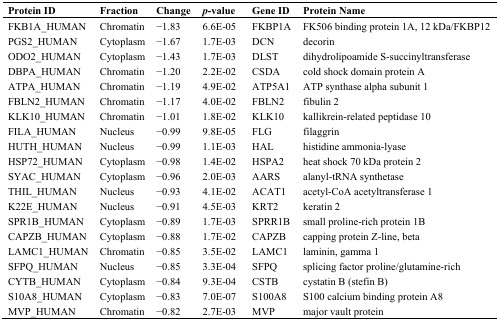
<table><thead><tr><td><b>Protein ID</b></td><td><b>Fraction</b></td><td><b>Change</b></td><td><b><i>p</i>-value</b></td><td><b>Gene ID</b></td><td><b>Protein Name</b></td></tr></thead><tbody><tr><td>FKB1A_HUMAN</td><td>Chromatin</td><td>−1.83</td><td>6.6E-05</td><td>FKBP1A</td><td>FK506 binding protein 1A, 12 kDa/FKBP12</td></tr><tr><td>PGS2_HUMAN</td><td>Cytoplasm</td><td>−1.67</td><td>1.7E-03</td><td>DCN</td><td>decorin</td></tr><tr><td>ODO2_HUMAN</td><td>Cytoplasm</td><td>−1.43</td><td>1.7E-03</td><td>DLST</td><td>dihydrolipoamide S-succinyltransferase</td></tr><tr><td>DBPA_HUMAN</td><td>Chromatin</td><td>−1.20</td><td>2.2E-02</td><td>CSDA</td><td>cold shock domain protein A</td></tr><tr><td>ATPA_HUMAN</td><td>Chromatin</td><td>−1.19</td><td>4.9E-02</td><td>ATP5A1</td><td>ATP synthase alpha subunit 1</td></tr><tr><td>FBLN2_HUMAN</td><td>Chromatin</td><td>−1.17</td><td>4.0E-02</td><td>FBLN2</td><td>fibulin 2</td></tr><tr><td>KLK10_HUMAN</td><td>Chromatin</td><td>−1.01</td><td>1.8E-02</td><td>KLK10</td><td>kallikrein-related peptidase 10</td></tr><tr><td>FILA_HUMAN</td><td>Nucleus</td><td>−0.99</td><td>9.8E-05</td><td>FLG</td><td>filaggrin</td></tr><tr><td>HUTH_HUMAN</td><td>Nucleus</td><td>−0.99</td><td>1.1E-03</td><td>HAL</td><td>histidine ammonia-lyase</td></tr><tr><td>HSP72_HUMAN</td><td>Cytoplasm</td><td>−0.98</td><td>1.4E-02</td><td>HSPA2</td><td>heat shock 70 kDa protein 2</td></tr><tr><td>SYAC_HUMAN</td><td>Cytoplasm</td><td>−0.96</td><td>2.0E-03</td><td>AARS</td><td>alanyl-tRNA synthetase</td></tr><tr><td>THIL_HUMAN</td><td>Nucleus</td><td>−0.93</td><td>4.1E-02</td><td>ACAT1</td><td>acetyl-CoA acetyltransferase 1</td></tr><tr><td>K22E_HUMAN</td><td>Nucleus</td><td>−0.91</td><td>4.5E-03</td><td>KRT2</td><td>keratin 2</td></tr><tr><td>SPR1B_HUMAN</td><td>Cytoplasm</td><td>−0.89</td><td>1.7E-03</td><td>SPRR1B</td><td>small proline-rich protein 1B</td></tr><tr><td>CAPZB_HUMAN</td><td>Cytoplasm</td><td>−0.88</td><td>1.7E-02</td><td>CAPZB</td><td>capping protein Z-line, beta</td></tr><tr><td>LAMC1_HUMAN</td><td>Chromatin</td><td>−0.85</td><td>3.5E-02</td><td>LAMC1</td><td>laminin, gamma 1</td></tr><tr><td>SFPQ_HUMAN</td><td>Nucleus</td><td>−0.85</td><td>3.3E-04</td><td>SFPQ</td><td>splicing factor proline/glutamine-rich</td></tr><tr><td>CYTB_HUMAN</td><td>Cytoplasm</td><td>−0.84</td><td>9.3E-04</td><td>CSTB</td><td>cystatin B (stefin B)</td></tr><tr><td>S10A8_HUMAN</td><td>Cytoplasm</td><td>−0.83</td><td>7.0E-07</td><td>S100A8</td><td>S100 calcium binding protein A8</td></tr><tr><td>MVP_HUMAN</td><td>Chromatin</td><td>−0.82</td><td>2.7E-03</td><td>MVP</td><td>major vault protein</td></tr></tbody></table>